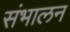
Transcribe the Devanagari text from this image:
संभालन